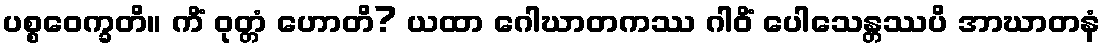
ပစ္စဝေက္ခတိ။ ကိံ ဝုတ္တံ ဟောတိ? ယထာ ဂေါဃာတကဿ ဂါဝိံ ပေါသေန္တဿပိ အာဃာတနံ